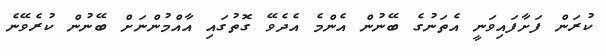
ކުރަން ފަށާފައިވަނީ އެތަނުގެ ބޭނުން އެންމެ އެދެވޭ ގޮތުގައި އާއްމުންނަށް ބޭނުން ކުރެވޭނެ